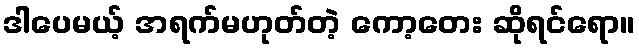
ဒါပေမယ့် အရက်မဟုတ်တဲ့ ကော့တေး ဆိုရင်ရော။